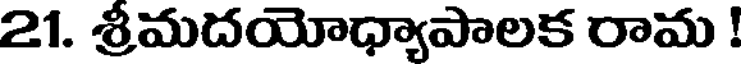
21. శ్రీమదయోధ్యాపాలక రామ !